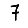
Digit: 7